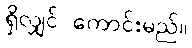
ရှိလျှင် ကောင်းမည်။